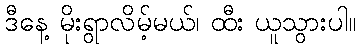
ဒီနေ့ မိုးရွာလိမ့်မယ်၊ ထီး ယူသွားပါ။